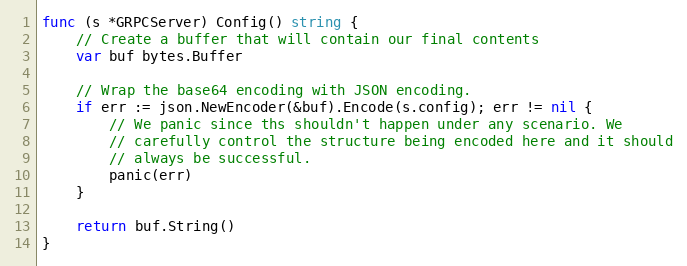
Language: Go
func (s *GRPCServer) Config() string {
	// Create a buffer that will contain our final contents
	var buf bytes.Buffer

	// Wrap the base64 encoding with JSON encoding.
	if err := json.NewEncoder(&buf).Encode(s.config); err != nil {
		// We panic since ths shouldn't happen under any scenario. We
		// carefully control the structure being encoded here and it should
		// always be successful.
		panic(err)
	}

	return buf.String()
}